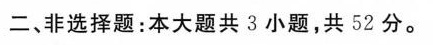
二、非选择题：本大题共3小题，共52分。